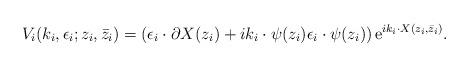
LaTeX: \begin{align*}V_i(k_i,\epsilon_i;z_i,\bar z_i) = ( \epsilon_i \cdot\partial X(z_i) + i k_i \cdot \psi(z_i) \epsilon_i\cdot\psi(z_i) ) \,{\rm e}^{ i k_i\cdot X(z_i,\bar z_i) } .\end{align*}